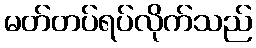
မတ်တပ်ရပ်လိုက်သည်